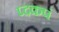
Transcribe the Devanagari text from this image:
प्दकपं